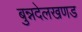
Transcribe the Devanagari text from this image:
बुन्नदेलखणड